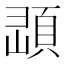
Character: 𩒔